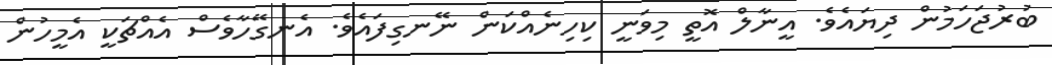
ބުރުޖަހަމުން ދިޔައެވެ. އީނާލް އޮތީ މިވަނީ ކިހިނެއްކަން ނޭނގިފައެވެ. އެނގޭހާވެސް އެއްޗަކީ އެމީހުން